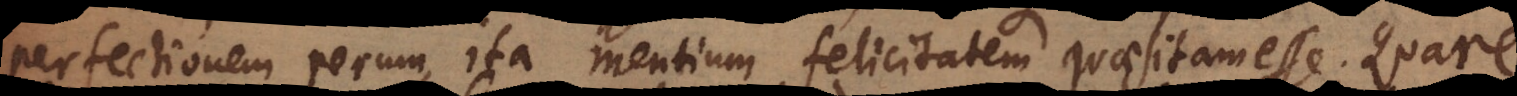
perfectionem rerum, ita mentium felicitatem quaesitam esse. I